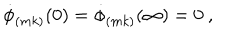
LaTeX: \dot { \phi } _ { ( m k ) } ( 0 ) = \dot { \phi } _ { ( m k ) } ( \infty ) = 0 ~ ,